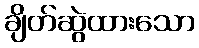
ချိတ်ဆွဲထားသော